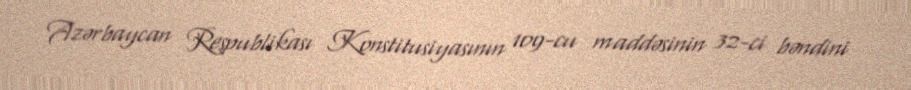
Azərbaycan Respublikası Konstitusiyasının 109-cu maddəsinin 32-ci bəndini